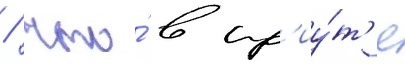
/ что́ в пр'иу́т'е